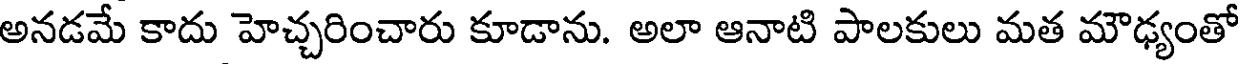
అనడమే కాదు హెచ్చరించారు కూడాను. అలా ఆనాటి పాలకులు మత మౌఢ్యంతో